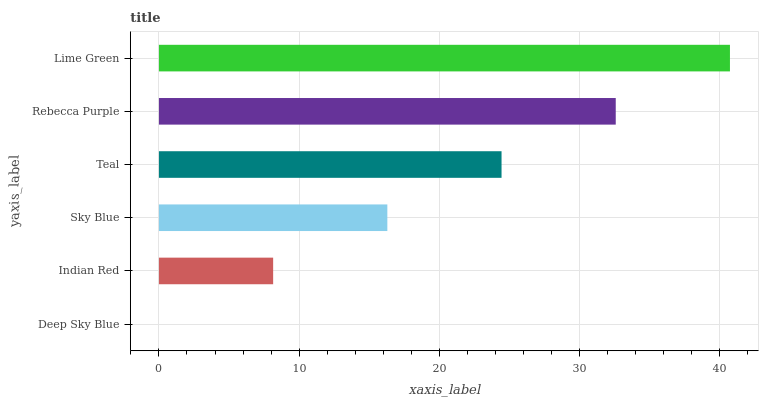
| yaxis_label | bars |
 | --- | --- |
 | Deep Sky Blue | 0 |
 | Indian Red | 8.14 |
 | Sky Blue | 16.3 |
 | Teal | 24.4 |
 | Rebecca Purple | 32.6 |
 | Lime Green | 40.7 |